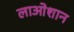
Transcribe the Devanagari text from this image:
लाओशान